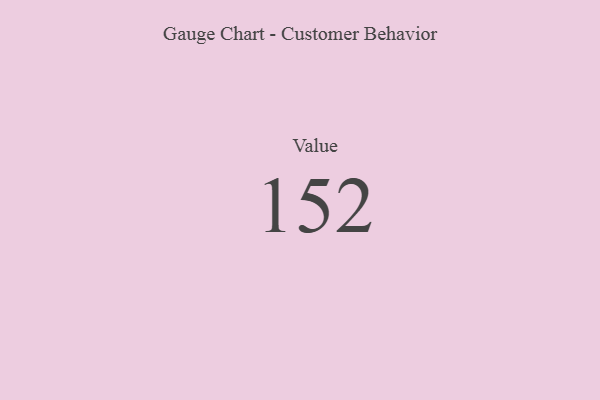
{"axis": {"x": "Metric", "y": "Value"}, "legend": [""], "data": [{"x": "Value", "y": 152, "type": ""}]}